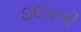
ઇદતની